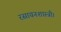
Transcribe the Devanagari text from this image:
रसायनशास्त्री।